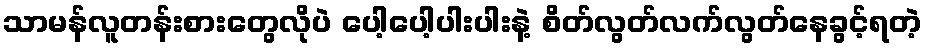
သာမန်လူတန်းစားတွေလိုပဲ ပေါ့ပေါ့ပါးပါးနဲ့ စိတ်လွတ်လက်လွတ်နေခွင့်ရတဲ့